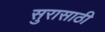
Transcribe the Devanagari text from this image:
सुरासाठी